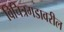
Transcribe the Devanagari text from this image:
विचित्रगडावरील